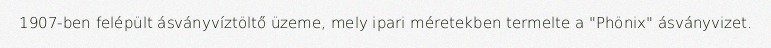
1907-ben felépült ásványvíztöltő üzeme, mely ipari méretekben termelte a "Phönix" ásványvizet.